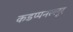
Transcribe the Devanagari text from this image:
कडप्पनल्लूर